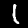
Digit: 1